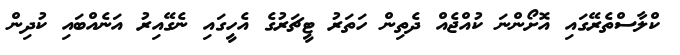
ކްލާސްތެރޭގައި އޮށޯންނަ ކުއްޖެއް ދެތިން ހަތަރު ޓީޗަރުގެ އެހީގައި ނެގޭއިރު އަނެއްބައި ކުދިން